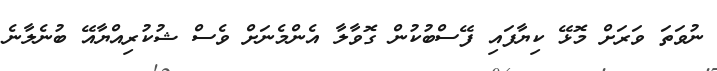
ނުވަތަ ވަރަށް މޮޅޭ ކިޔާފައި ފޭސްބުކުން ގޮވާލާ އެންމެނަށް ވެސް ޝުކުރިއްޔާއޭ ބުނެލާނެ